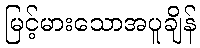
မြင့်မားသောအပူချိန်